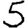
Digit: 5